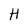
Character: H